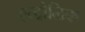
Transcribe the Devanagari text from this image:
ह्य्द्रौलिक